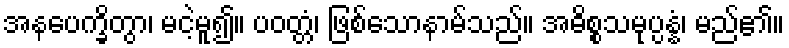
အနပေက္ခိတွာ၊ မငဲ့မူ၍။ ပဝတ္တံ၊ ဖြစ်သောနာမ်သည်။ အဓိစ္စသမုပ္ပန္နံ၊ မည်၏။